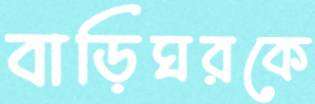
বাড়িঘরকে